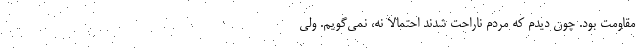
مقاومت بود. چون دیدم که مردم ناراحت شدند احتمالاً نه، نمی‌گویم. ولی